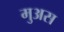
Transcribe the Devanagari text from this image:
मुअस